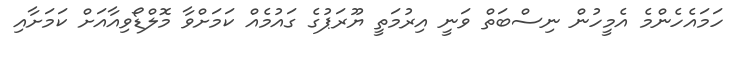
ހަމައެހެންމެ އެމީހުން ނިސްބަތް ވަނީ އިރުމަތީ ޔޫރަޕުގެ ގައުމެއް ކަމަށްވާ މޮލްޑޯވިއާއަށް ކަމަށާއި